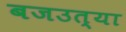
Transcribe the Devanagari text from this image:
बजउत्या